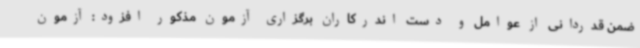
ضمن قدردانی از عوامل و دست اندرکاران برگزاری آزمون مذکور افزود: آزمون